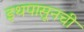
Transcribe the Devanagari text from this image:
इथपासूनची